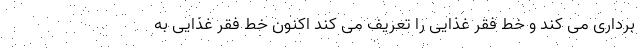
برداری می کند و خط فقر غذایی را تعریف می کند اکنون خط فقر غذایی به